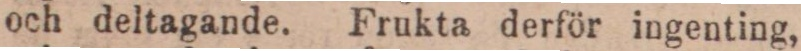
och deltagande. Frukta derför ingenting,